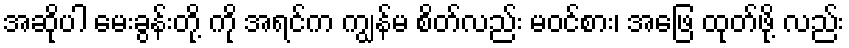
အဆိုပါ မေးခွန်းတို့ ကို အရင်က ကျွန်မ စိတ်လည်း မဝင်စား၊ အဖြေ ထုတ်ဖို့ လည်း